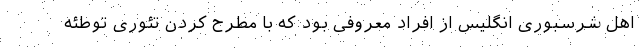
اهل شرسبوری انگلیس از افراد معروفی بود که با مطرح کردن تئوری توطئه